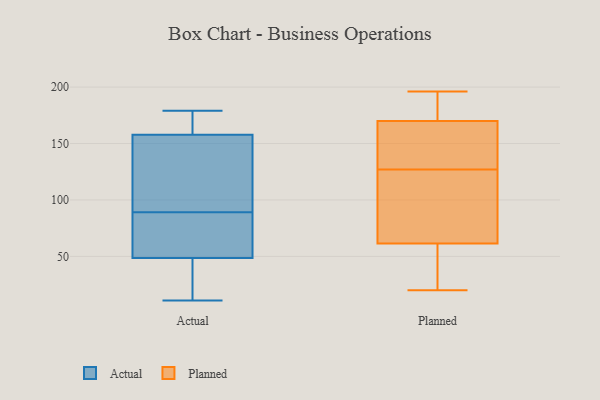
{"axis": {"x": "Headcount", "y": "Value"}, "legend": ["Actual", "Planned"], "data": [{"x": "", "y": 145, "type": "Actual"}, {"x": "", "y": 161, "type": "Actual"}, {"x": "", "y": 178, "type": "Actual"}, {"x": "", "y": 11, "type": "Actual"}, {"x": "", "y": 81, "type": "Actual"}, {"x": "", "y": 86, "type": "Actual"}, {"x": "", "y": 74, "type": "Actual"}, {"x": "", "y": 113, "type": "Actual"}, {"x": "", "y": 89, "type": "Actual"}, {"x": "", "y": 158, "type": "Actual"}, {"x": "", "y": 33, "type": "Actual"}, {"x": "", "y": 40, "type": "Actual"}, {"x": "", "y": 179, "type": "Actual"}, {"x": "", "y": 12, "type": "Actual"}, {"x": "", "y": 157, "type": "Actual"}, {"x": "", "y": 196, "type": "Planned"}, {"x": "", "y": 173, "type": "Planned"}, {"x": "", "y": 144, "type": "Planned"}, {"x": "", "y": 178, "type": "Planned"}, {"x": "", "y": 193, "type": "Planned"}, {"x": "", "y": 129, "type": "Planned"}, {"x": "", "y": 20, "type": "Planned"}, {"x": "", "y": 153, "type": "Planned"}, {"x": "", "y": 170, "type": "Planned"}, {"x": "", "y": 132, "type": "Planned"}, {"x": "", "y": 32, "type": "Planned"}, {"x": "", "y": 170, "type": "Planned"}, {"x": "", "y": 26, "type": "Planned"}, {"x": "", "y": 125, "type": "Planned"}, {"x": "", "y": 117, "type": "Planned"}, {"x": "", "y": 53, "type": "Planned"}, {"x": "", "y": 59, "type": "Planned"}, {"x": "", "y": 96, "type": "Planned"}, {"x": "", "y": 113, "type": "Planned"}, {"x": "", "y": 64, "type": "Planned"}]}